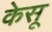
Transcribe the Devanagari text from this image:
केसू